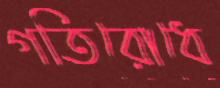
গতিরোধে